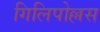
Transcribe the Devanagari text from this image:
गिलिपोल्लस